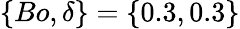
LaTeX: \{ Bo,\delta\} =\{ 0.3,0.3\}